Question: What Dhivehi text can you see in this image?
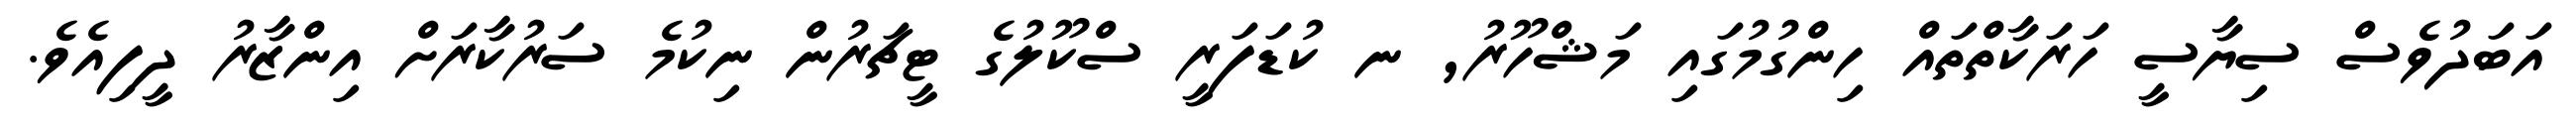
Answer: އަބަދުވެސް ސިޔާސީ ހަރަކާތްތައް ހިންގުމުގައި މަޝްހޫރު, ނ ކުޑަފަރީ ސްކޫލުގެ ޓީޗަރުން ނިކުމެ ސަރުކާރަށް އިންޒާރު ދީފިއެވެ.